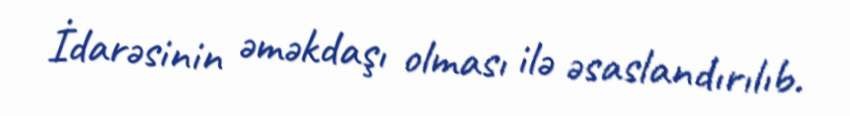
İdarəsinin əməkdaşı olması ilə əsaslandırılıb.